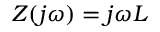
Z ( j \omega ) = j \omega L \,